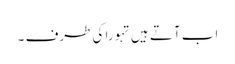
اب آتے ہیں تہورا کی طرف ۔